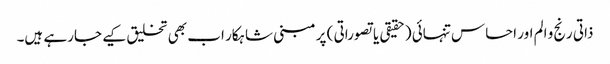
ذاتی رنج و الم اور احساس تنہائی (حقیقی یا تصوراتی ) پر مبنی شاہکار اب بھی تخلیق کیے جارہے ہیں۔